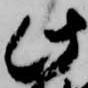
諸